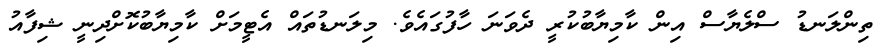
ތިންލަނޑު ސްލެޔާސް އިން ކާމިޔާބުކުރީ ދެވަނަ ހާފުގައެވެ. މިލަނޑުތައް އެޓީމަށް ކާމިޔާބުކޮށްދިނީ ޝިފާއު